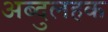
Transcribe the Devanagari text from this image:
अब्दुलहक